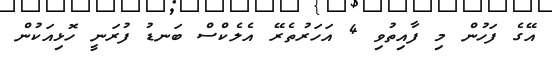
އޭގެ ފަހުން މި ފާއިތުވި 4 އަހަރުތެރޭ އެލެކްސް ބަނޑު ފުރަނީ ހޮޅިއަކުން